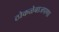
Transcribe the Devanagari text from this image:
ठोकळेबाजपणा